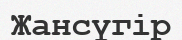
Жансүгір